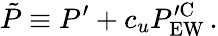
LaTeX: \tilde{P}\equiv P^{\prime}+c_{u}P_{\mathrm{EW}}^{\prime\mathrm{C}}\, .